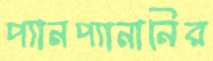
প্যানপ্যানানির